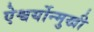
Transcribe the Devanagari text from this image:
ऐश्वर्योन्मुखी